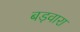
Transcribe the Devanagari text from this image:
बड़वारा